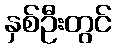
နှစ်ဦးတွင်